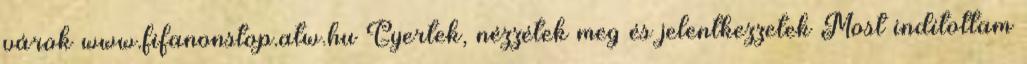
várok www.fifanonstop.atw.hu Gyertek, nézzétek meg és jelentkezzetek Most indítottam